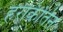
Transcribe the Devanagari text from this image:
हरीकीर्तन